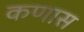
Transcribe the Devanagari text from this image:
कणास